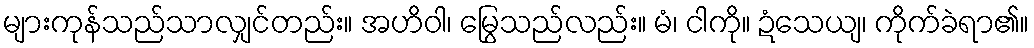
များကုန်သည်သာလျှင်တည်း။ အဟိဝါ၊ မြွေသည်လည်း။ မံ၊ ငါကို။ ဍံသေယျ၊ ကိုက်ခဲရာ၏။